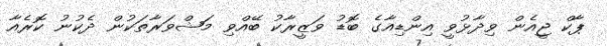
ޕާކް ޖީއެން ވިދާޅުވީ އިންޑިއާގެ ބޮޑު ވަޒީރާކު ބޭއްވި މަޝްވަރާތަކުން ދެކުނު ކޮރެއާ